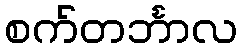
စက်တင်္ဘာလ